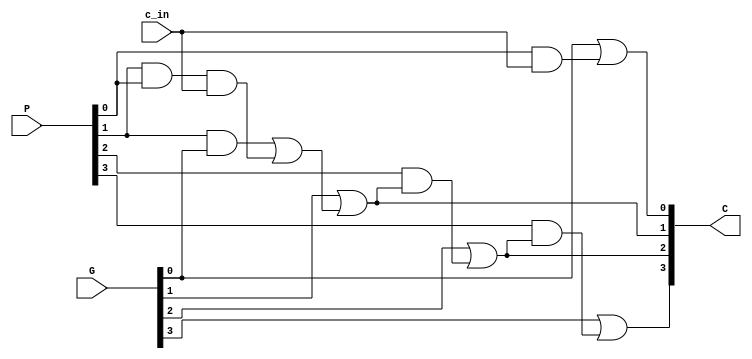
module Mult_CLAgen_4bit(
input [3:0] G,
input [3:0] P,
input c_in,
output reg [4:1] C
);

//always@(*)
//begin
//        C[1] = G[0] + (P[0] & c_in);
//        C[2] = G[1] + (P[1] & C[1]);
//        C[3] = G[2] + (P[2] & C[2]);
//        C[4] = G[3] + (P[3] & C[3]);
//end
always@(*)
begin
        C[1] <= G[0] | (P[0] & c_in);
        C[2] <= G[1] | (P[1] & (G[0])| (P[1] & P[0] & c_in));
        C[3] <= G[2] | (P[2] & (G[1] | (P[1] & (G[0]) | (P[1] & P[0] & c_in))));
        C[4] <= G[3] | (P[3] & (G[2] | (P[2] & (G[1] | (P[1] & (G[0]) | (P[1] & P[0] & c_in))))));
end
endmodule